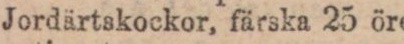
Jordärtskockor, färska 25 öre